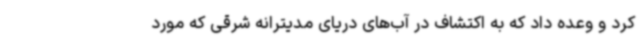
کرد و وعده داد که به اکتشاف در آب‌های دریای مدیترانه شرقی که مورد